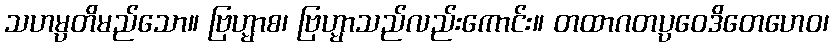
သဟမ္ပတိမည်သော။ ဗြဟ္မာစ၊ ဗြဟ္မာသည်လည်းကောင်း။ တထာဂတပ္ပဝေဒိတေဟေဝ၊